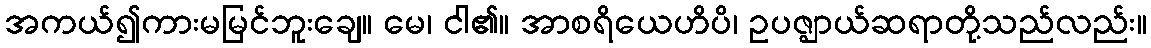
အကယ်၍ကားမမြင်ဘူးချေ။ မေ၊ ငါ၏။ အာစရိယေဟိပိ၊ ဥပဇ္ဈာယ်ဆရာတို့သည်လည်း။